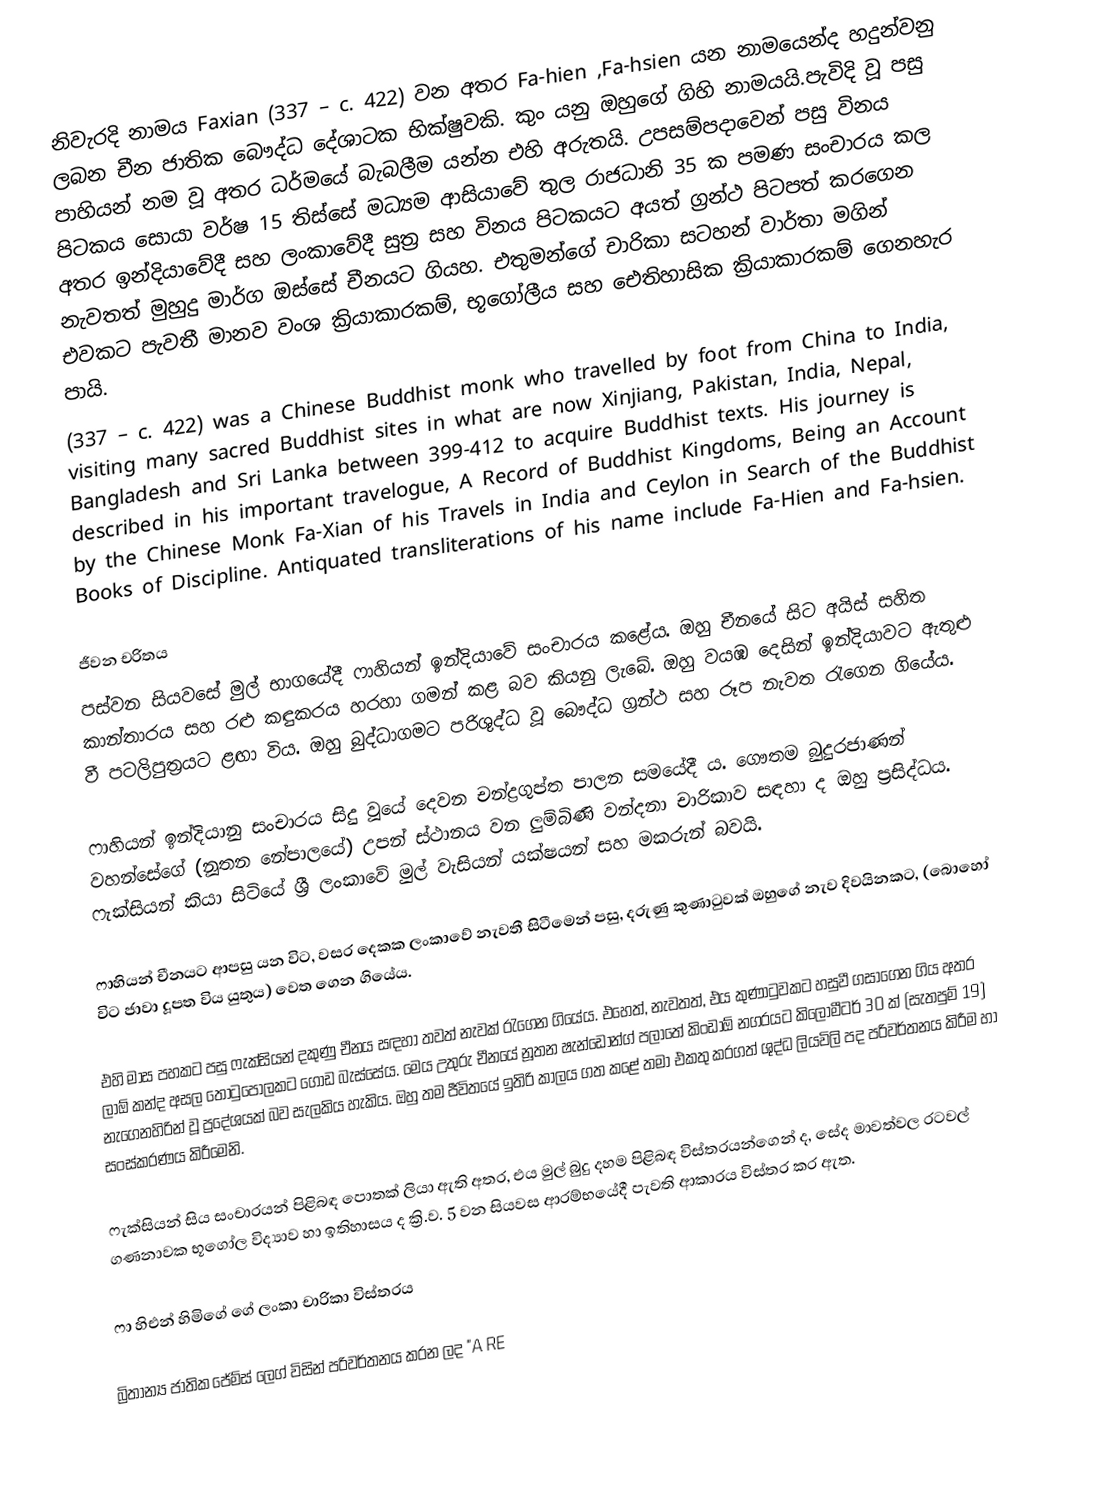
නිවැරදි නාමය Faxian (337 – c. 422)  වන අතර Fa-hien ,Fa-hsien යන නාමයෙන්ද හදුන්වනු ලබන චීන ජාතික බෞද්ධ දේශාටක භික්ෂුවකි. කුං යනු ඔහුගේ ගිහි නාමයයි.පැවිදි වූ පසු පාහියන් නම වූ අතර ධර්මයේ බැබලීම යන්න එහි අරුතයි. උපසම්පදාවෙන් පසු විනය පිටකය සොයා වර්ෂ 15 තිස්සේ මධ්‍යම ආසියාවේ තුල රාජධානි 35 ක පමණ සංචාරය කල අතර ඉන්දියාවේදී සහ ලංකාවේදී සුත්‍ර සහ විනය පිටකයට අයත් ග්‍රන්ථ පිටපත් කරගෙන නැවතත් මුහුදු මාර්ග ඔස්සේ චීනයට ගියහ. එතුමන්ගේ  චාරිකා සටහන් වාර්තා  මගින් එවකට පැවතී මානව වංශ ක්‍රියාකාරකම්, භූගෝලීය සහ ඓතිහාසික ක්‍රියාකාරකම් ගෙනහැර පායි.
   (337 – c. 422) was a Chinese Buddhist monk who travelled by foot from China to India, visiting many sacred Buddhist sites in what are now Xinjiang, Pakistan, India, Nepal, Bangladesh and Sri Lanka between 399-412 to acquire Buddhist texts. His journey is described in his important travelogue, A Record of Buddhist Kingdoms, Being an Account by the Chinese Monk Fa-Xian of his Travels in India and Ceylon in Search of the Buddhist Books of Discipline. Antiquated transliterations of his name include Fa-Hien and Fa-hsien.

ජීවන චරිතය
පස්වන සියවසේ මුල් භාගයේදී ෆාහියන් ඉන්දියාවේ සංචාරය කළේය. ඔහු චීනයේ සිට අයිස් සහිත කාන්තාරය සහ රළු කඳුකරය හරහා ගමන් කළ බව කියනු ලැබේ. ඔහු වයඹ දෙසින් ඉන්දියාවට ඇතුළු වී පටලිපුත්‍රයට ළඟා විය. ඔහු බුද්ධාගමට පරිශුද්ධ වූ බෞද්ධ ග්‍රන්ථ සහ රූප නැවත රැගෙන ගියේය.

ෆාහියන් ඉන්දියානු සංචාරය සිදු වූයේ දෙවන චන්ද්‍රගුප්ත පාලන සමයේදී ය. ගෞතම බුදුරජාණන් වහන්සේගේ (නූතන නේපාලයේ) උපන් ස්ථානය වන ලුම්බිණි වන්දනා චාරිකාව සඳහා ද ඔහු ප්‍රසිද්ධය. ෆැක්සියන් කියා සිටියේ ශ්‍රී ලංකාවේ මුල් වැසියන් යක්ෂයන් සහ මකරුන් බවයි.

ෆාහියන් චීනයට ආපසු යන විට, වසර දෙකක ලංකාවේ නැවතී සිටීමෙන් පසු, දරුණු කුණාටුවක් ඔහුගේ නැව දිවයිනකට, (බොහෝ විට ජාවා දූපත විය යුතුය) වෙත ගෙන ගියේය.

එහි මාස පහකට පසු ෆැක්සියන් දකුණු චීනය සඳහා තවත් නැවක් රැගෙන ගියේය. එහෙත්, නැවතත්, එය කුණාටුවකට හසුවී ගසාගෙන ගිය අතර ලාඕ කන්ද අසල තොටුපොලකට ගොඩ බැස්සේය. මෙය උතුරු චීනයේ නූතන ෂැන්ඩොන්ග් පලාතේ කිංඩාඕ නගරයට කිලෝමීටර් 30 ක් (සැතපුම් 19) නැගෙනහිරින් වූ ප්‍රදේශයක් බව සැලකිය හැකිය. ඔහු තම ජීවිතයේ ඉතිරි කාලය ගත කළේ තමා එකතු කරගත් ශුද්ධ ලියවිලි පද පරිවර්තනය කිරීම හා සංස්කරණය කිරීමෙනි.

ෆැක්සියන් සිය සංචාරයන් පිළිබඳ පොතක් ලියා ඇති අතර, එය මුල් බුදු දහම පිළිබඳ විස්තරයන්ගෙන් ද, සේද මාවත්වල රටවල් ගණනාවක භූගෝල විද්‍යාව හා ඉතිහාසය ද  ක්‍රි.ව. 5 වන සියවස ආරම්භයේදී  පැවති ආකාරය විස්තර කර ඇත.

ෆා හිඑන් හිමිගේ ගේ ලංකා චාරිකා විස්තරය

බ්‍රිතාන්‍ය ජාතික ජේම්ස් ලෙග් විසින් පරිවර්තනය කරන ලද "A RE